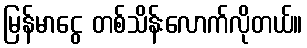
မြန်မာငွေ တစ်သိန်းလောက်လိုတယ်။